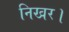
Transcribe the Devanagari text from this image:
निखर।